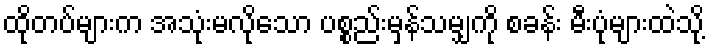
ထိုတပ်များက အသုံးမလိုသော ပစ္စည်းမှန်သမျှကို စခန်း မီးပုံများထဲသို့